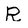
Character: R